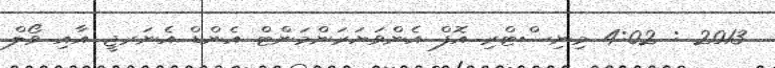
2013 : 4:02 މިނިސްޓްރި އޮފް އެންވަޔަރަންމަންޓް އެންޑް އެނަރޖީ އާއި ވޯލް